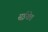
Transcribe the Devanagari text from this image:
सुईखेत